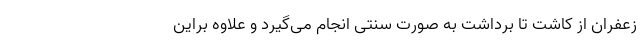
زعفران از کاشت تا برداشت به صورت سنتی انجام می‌گیرد و علاوه براین